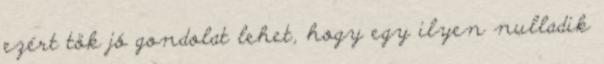
ezért tök jó gondolat lehet, hogy egy ilyen nulladik